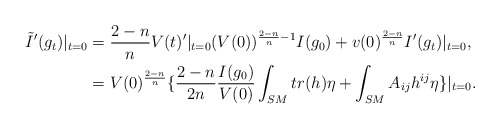
\begin{align*}\tilde{I}'(g_t)|_{t=0}&=\frac{2-n}{n}V(t)'|_{t=0}(V(0))^{\frac{2-n}{n}-1}I(g_0)+v(0)^{\frac{2-n}{n}}I'(g_t)|_{t=0},\\&=V(0)^{\frac{2-n}{n}}\{\frac{2-n}{2n}\frac{I(g_0)}{V(0)}\int_{SM}tr(h)\eta+\int_{SM}A_{ij}h^{ij}\eta\}|_{t=0}.\end{align*}